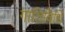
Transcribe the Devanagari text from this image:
गातिविधि